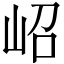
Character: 岹